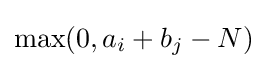
\max(0,a_{i}+b_{j}-N)